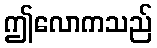
ဤလောကသည်